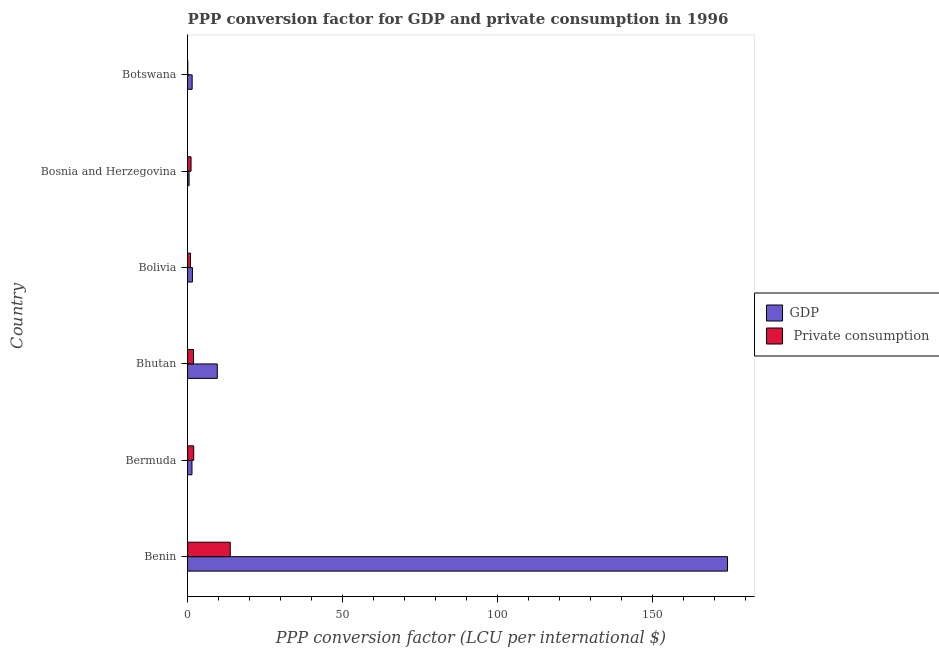
| Country | GDP |  Private consumption |
 | --- | --- | --- |
 | Benin | 174 | 13.8 |
 | Bermuda | 1.41 | 1.97 |
 | Bhutan | 9.59 | 1.9 |
 | Bolivia | 1.56 | 0.946 |
 | Bosnia and Herzegovina | 0.482 | 1.11 |
 | Botswana | 1.47 | 0.0537 |